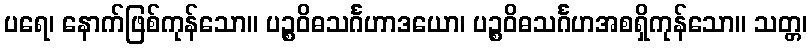
ပရေ၊ နောက်ဖြစ်ကုန်သော။ ပဉ္စဝိဓသင်္ဂဟာဒယော၊ ပဉ္စဝိဓသင်္ဂဟအစရှိကုန်သော။ သတ္တ၊